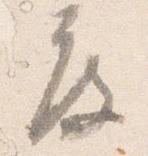
度